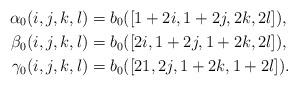
LaTeX: \begin{align*}\alpha_0(i,j,k,l) &= b_0([1+2i,1+2j,2k,2l]), \\\beta_0(i,j,k,l) &= b_0([2i,1+2j,1+2k,2l]), \\\gamma_0(i,j,k,l) &= b_0([21,2j,1+2k,1+2l]).\end{align*}